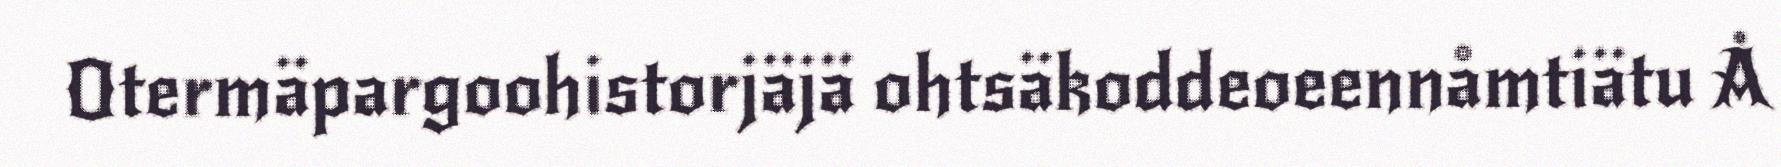
Otermäpargoohistorjäjä ohtsäkoddeoeennåmtiätu Å